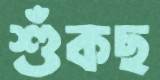
শুঁকছ